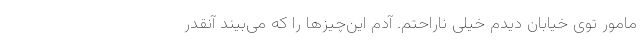
مامور توی خیابان دیدم خیلی ناراحتم. آدم این‌چیزها را که می‌بیند آنقدر